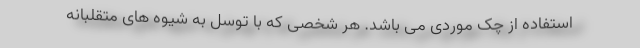
استفاده از چک موردی می باشد. هر شخصی که با توسل به شیوه های متقلبانه